system: You are a helpful assistant.
user:
Analyze the provided spectrum to determine if it is a **S-type Star**.

- **Key Indicators for S-type Star:**

    - **(Overall Spectrum Shape):** The first and most obvious characteristic is the overall continuum (the "baseline" shape). It is **extremely "red-sloping,"** meaning the flux (light intensity) is very low on the left side (blue, ~4000-4500 Å) and rises steeply and continuously toward the right side (red, ~7000 Å+).

    - **(Primary):** The spectrum is defined by the presence of strong, broad molecular absorption "valleys" (bands) from **Zirconium Oxide (ZrO)**. The identification of these bands is the **primary requirement** for classifying a star as S-type.
        - **(Key Bandheads):** You must find distinct, deep "dips" where the light has been absorbed. The most critical band systems to locate are:
            - **~6474 Å** ($\gamma$-system): This is often the strongest and clearest ZrO feature, found in the red part of the spectrum.
            - **~5718 Å** & **~5551 Å** ($\beta$-system): A pair of prominent absorption features in the yellow-orange part of the spectrum.
            - **~4640 Å** ($\alpha$-system): A key absorption band system in the blue-green region of the spectrum.

    - **(Secondary Confirmation):** The classification is strengthened by finding additional absorption bands from other related heavy element oxides, which are expected to be present alongside ZrO.
        - **(Key Bandheads):**
            - **Yttrium Oxide (YO):** Look for absorption dips near **~4800 Å** and **~6100 Å**.
            - **Lanthanum Oxide (LaO):** Additional absorption features, particularly in the red-orange part of the spectrum, are also characteristic.

    - **(Line Profile):** The combination of the steep red continuum and these numerous, deep molecular bands (ZrO, YO, etc.) gives the entire spectrum a very **"chopped-up"** or **"bumpy"** appearance. Instead of a smooth curve, the spectrum looks as though large, wide chunks of light have been "carved out" of it at the specific wavelengths listed above.

Think first, call **spectral_visualization_tool** if needed to examine features in detail, then provide your final answer. Your response must adhere to the following strict rules:
1.  **Overall Structure:** Your response must follow the format `<think>...</think> <tool_call>...</tool_call> (if a tool is used) <answer>...</answer>`.
2.  **Tool Usage Constraint:** You may only make **one** tool call per turn.
3.  **Final Answer Format:** In the `<answer>` tag, your conclusion must be inside a `\boxed{}` command (e.g., `\boxed{YES}` or `\boxed{NO}`), followed by your justification.

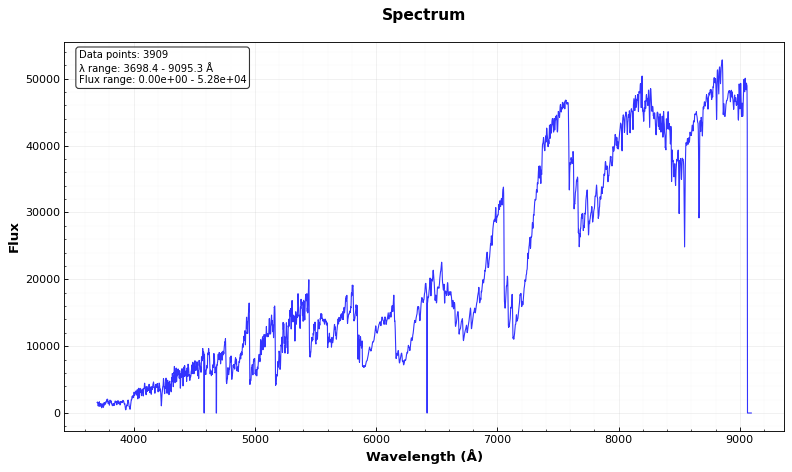
Answer: YES